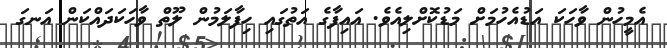
އެމީހުން ވާހަކަ އަޑުއެހުމަށް މަޑުކޮށްލިއެވެ. އައިފާގެ އަތުގައި ހިފާލަމުން ލޫތް ވާހަކަދައްކަން އަނގަ